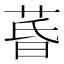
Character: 𮏚